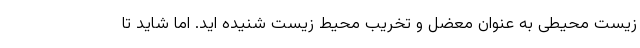
زیست محیطی به عنوان معضل و تخریب محیط زیست شنیده اید. اما شاید تا